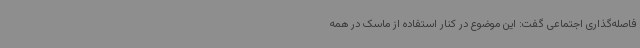
فاصله‌گذاری اجتماعی گفت: این موضوع در کنار استفاده از ماسک در همه